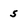
Character: 5